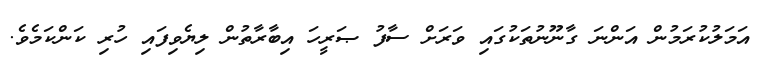
އަމަލުކުރަމުން އަންނަ ގާނޫނުތަކުގައި ވަރަށް ސާފު ޞަރީހަ އިބާރާތުން ލިޔެވިފައި ހުރި ކަންކަމެވެ.